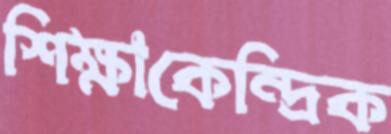
শিক্ষাকেন্দ্রিক